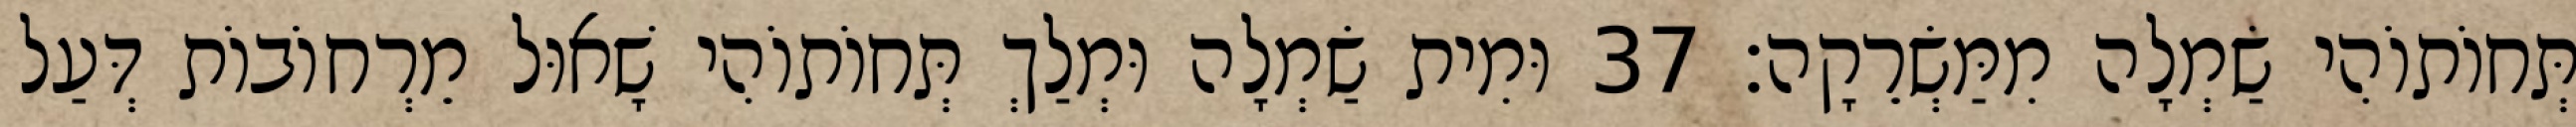
תְּחוֹתוֹהִי שַׂמְלָה מִמַּשְׂרֵקָה׃ 37 וּמִית שַׂמְלָה וּמְלַךְ תְּחוֹתוֹהִי שָׁאוּל מֵרְחוֹבוֹת דְּעַל